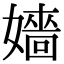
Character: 嬙